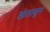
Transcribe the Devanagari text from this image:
खंतावून